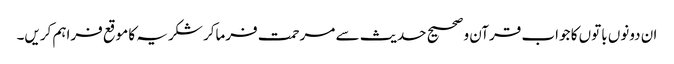
ان دونوں باتوں کا جواب قرآن و صحیح حدیث سے مرحمت فرماکر شکریہ کا موقع فراہم کریں۔